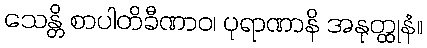
သေန္တိ စာပါတိခီဏာဝ၊ ပုရာဏာနိ အနုတ္ထုနံ။